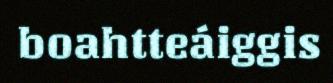
boahtteáiggis